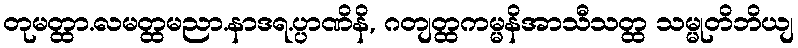
တုမတ္ထာ.လမတ္ထမညာ.နာဒရ.ပ္ပာဏိနိ, ဂတျတ္ထကမ္မနိအာသီသတ္ထ သမ္မုတိဘိယျ